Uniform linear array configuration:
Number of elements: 48
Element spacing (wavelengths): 0.5
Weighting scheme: blackman
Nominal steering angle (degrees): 30
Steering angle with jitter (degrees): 31.859
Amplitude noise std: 0.05
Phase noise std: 0.05

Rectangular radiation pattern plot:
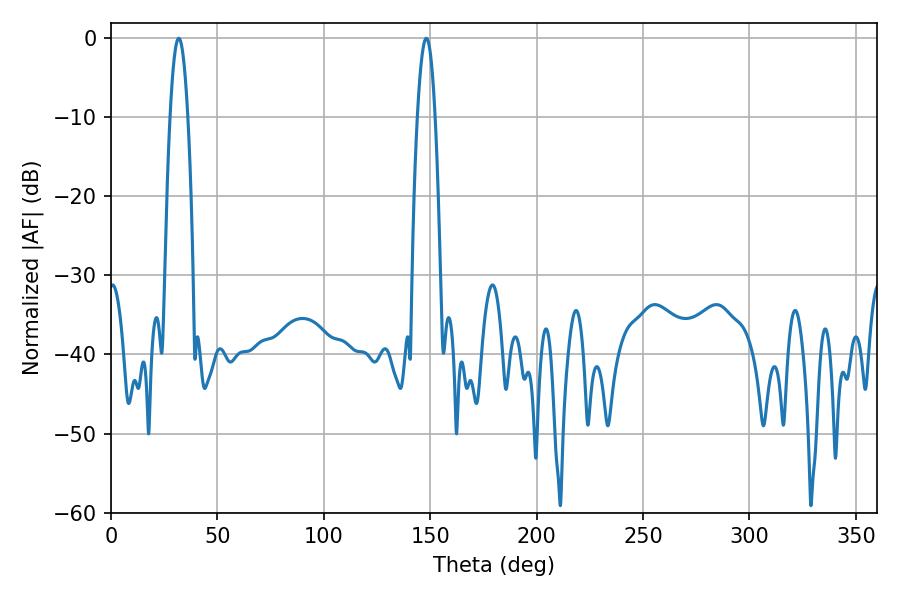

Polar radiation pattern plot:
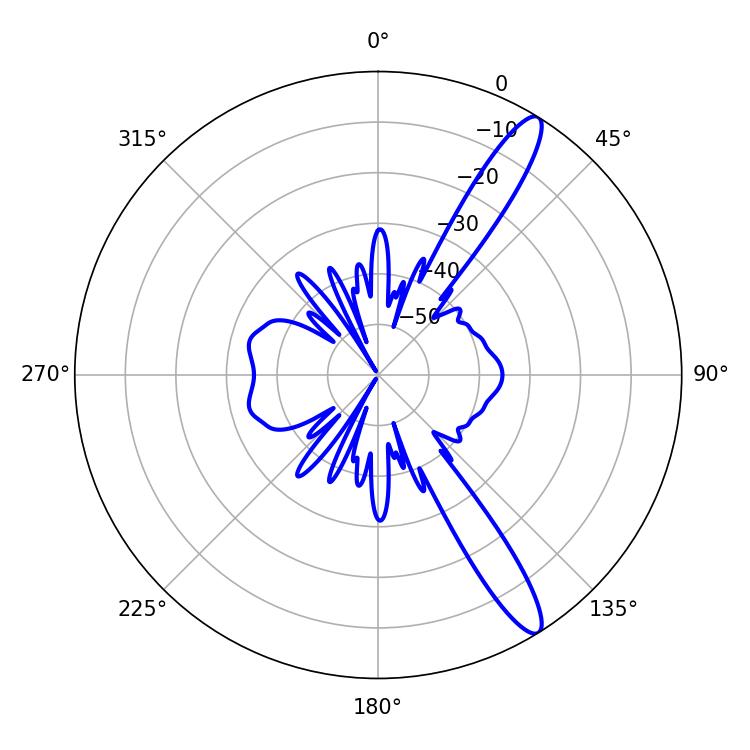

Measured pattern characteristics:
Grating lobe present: FALSE
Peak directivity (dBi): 13.409
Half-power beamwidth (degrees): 4.68
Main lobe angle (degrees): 31.86